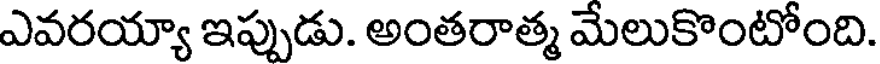
ఎవరయ్యా ఇప్పుడు. అంతరాత్మ మేలుకొంటోంది.